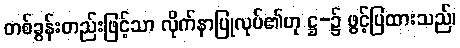
တစ်ခွန်းတည်းဖြင့်သာ လိုက်နာပြုလုပ်၏ဟု ဋ္ဌ-၌ ဖွင့်ပြထားသည်၊